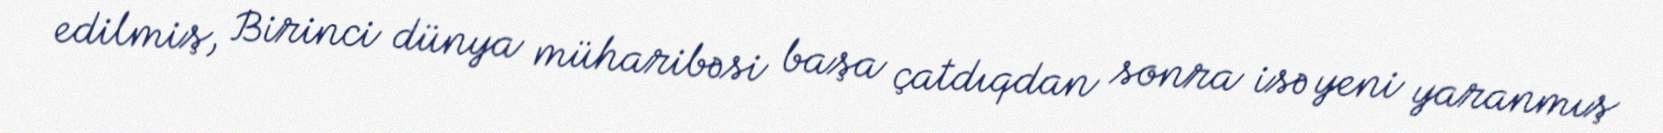
edilmiş, Birinci dünya müharibəsi başa çatdıqdan sonra isə yeni yaranmış